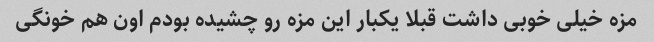
مزه خیلی خوبی داشت قبلا یکبار این مزه رو چشیده بودم اون هم خونگی